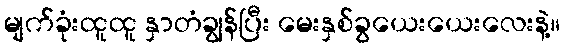
မျက်ခုံးထူထူ နှာတံချွန်ပြီး မေးနှစ်ခွယေးယေးလေးနဲ့။